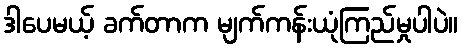
ဒါပေမယ့် ခက်တာက မျက်ကန်းယုံကြည်မှုပါပဲ။